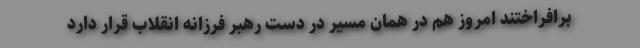
برافراختند امروز هم در همان مسیر در دست رهبر فرزانه انقلاب قرار دارد